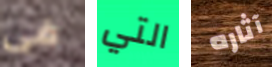
فى التي آثاره